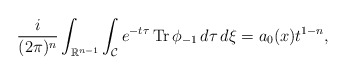
\begin{align*} \frac{i}{(2 \pi)^{n}}\int_{\mathbb{R}^{n-1}}\int_{\mathcal{C}} e^{-t\tau} \operatorname{Tr} \phi_{-1} \,d\tau \,d\xi =a_0(x)t^{1-n},\end{align*}